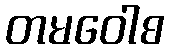
တမဝေါစ